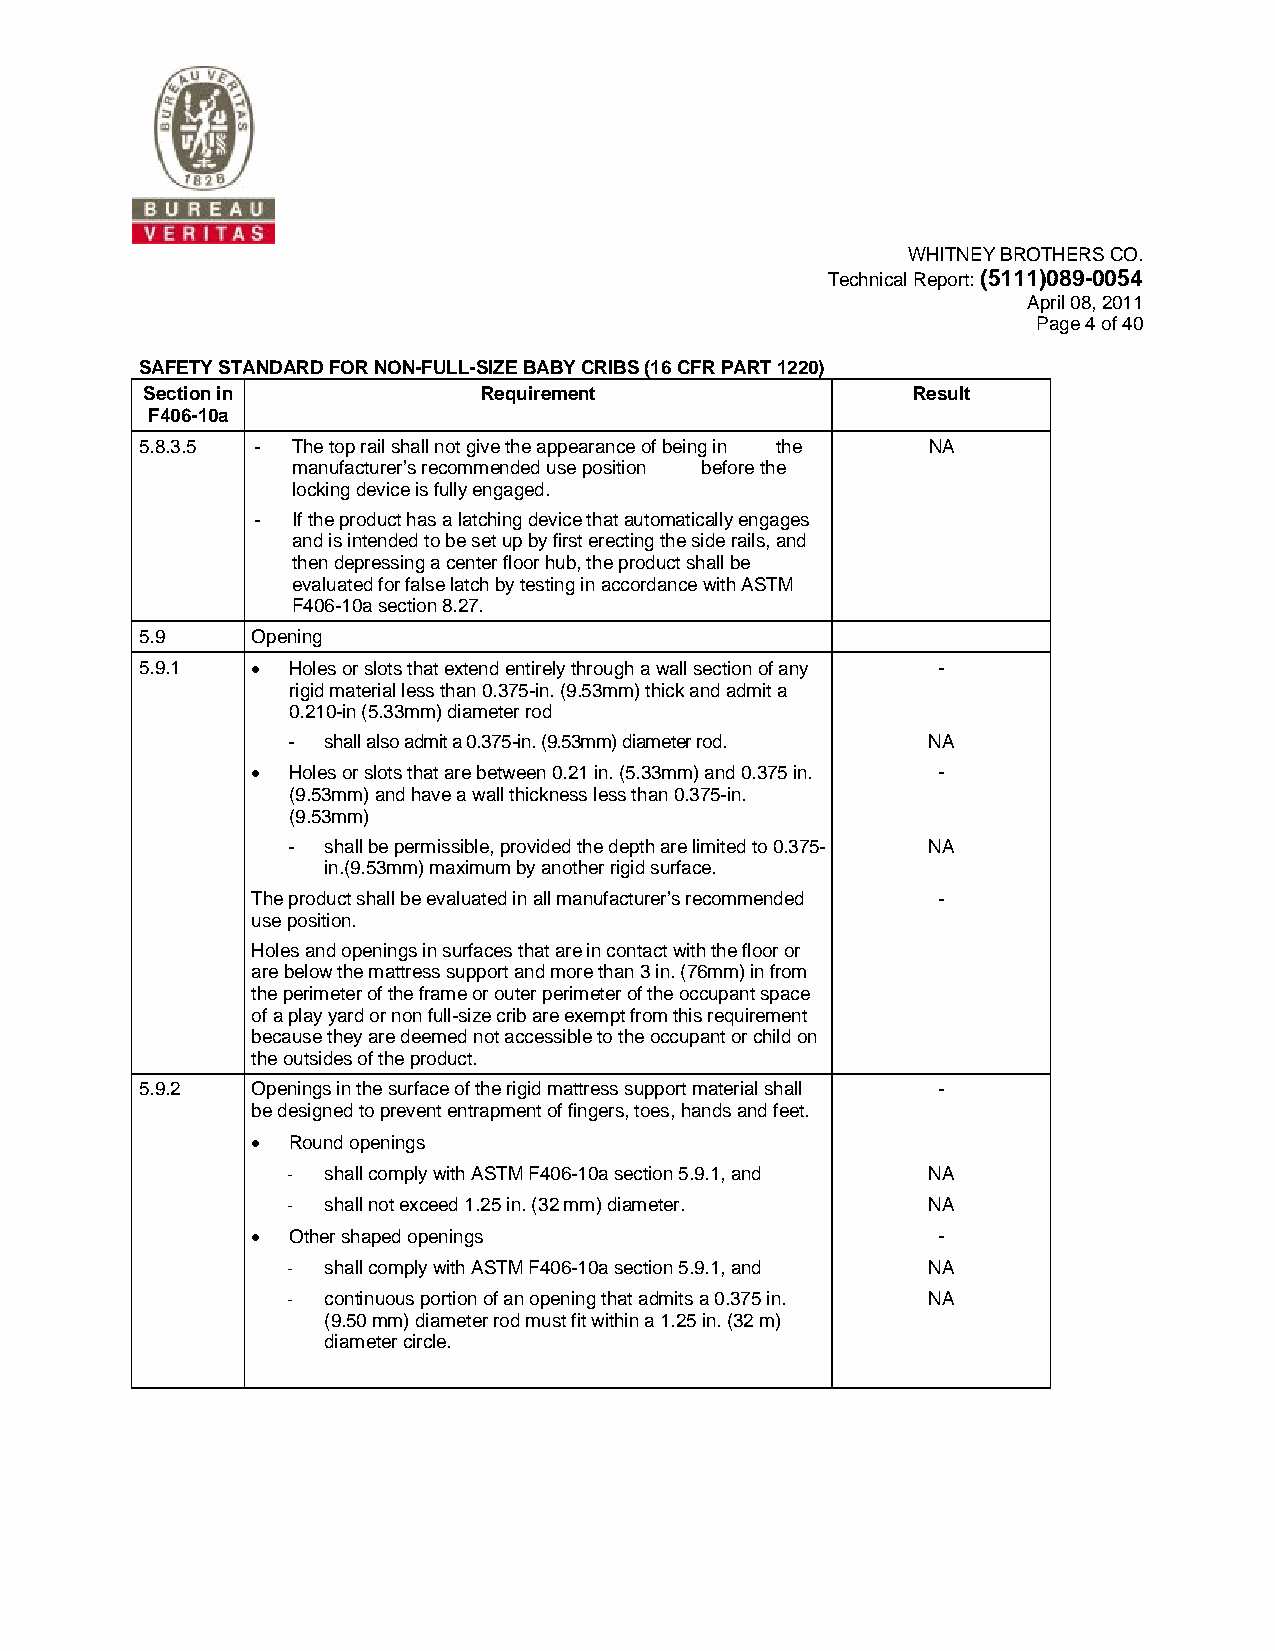
WHITNEY BROTHERS CO.
 Technical Report: (5111)089-0054
 April 08, 2011
 Page 4 of 40
 SAFETY STANDARD FOR NON-FULL-SIZE BABY CRIBS (16 CFR PART 1220)
 Section in             Requirement                 Result
 F406-10a
 5.8.3.5 - The top rail shall not give the appearance of being in the NA
 manufacturer’s recommended use position before the
 locking device is fully engaged.
 - If the product has a latching device that automatically engages
 and is intended to be set up by first erecting the side rails, and
 then depressing a center floor hub, the product shall be
 evaluated for false latch by testing in accordance with ASTM
 F406-10a section 8.27.
 5.9     Opening
 5.9.1   • Holes or slots that extend entirely through a wall section of any -
 rigid material less than 0.375-in. (9.53mm) thick and admit a
 0.210-in (5.33mm) diameter rod
 - shall also admit a 0.375-in. (9.53mm) diameter rod. NA
 • Holes or slots that are between 0.21 in. (5.33mm) and 0.375 in. -
 (9.53mm) and have a wall thickness less than 0.375-in.
 (9.53mm)
 - shall be permissible, provided the depth are limited to 0.375- NA
 in.(9.53mm) maximum by another rigid surface.
 The product shall be evaluated in all manufacturer’s recommended -
 use position.
 Holes and openings in surfaces that are in contact with the floor or
 are below the mattress support and more than 3 in. (76mm) in from
 the perimeter of the frame or outer perimeter of the occupant space
 of a play yard or non full-size crib are exempt from this requirement
 because they are deemed not accessible to the occupant or child on
 the outsides of the product.
 5.9.2   Openings in the surface of the rigid mattress support material shall -
 be designed to prevent entrapment of fingers, toes, hands and feet.
 • Round openings
 - shall comply with ASTM F406-10a section 5.9.1, and NA
 - shall not exceed 1.25 in. (32 mm) diameter. NA
 • Other shaped openings                      -
 - shall comply with ASTM F406-10a section 5.9.1, and NA
 - continuous portion of an opening that admits a 0.375 in. NA
 (9.50 mm) diameter rod must fit within a 1.25 in. (32 m)
 diameter circle.